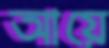
আয়ে